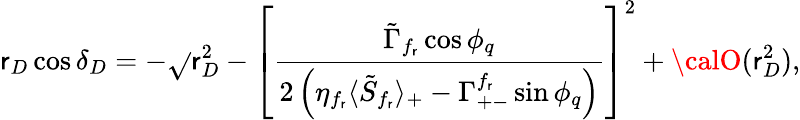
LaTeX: \mathsf{r}_{D}\cos\delta_{D}=-\sqrt{}{{\mathsf{r}_{D}^{2}-\left[\frac{{\tilde{{\Gamma}}_{f_{\mathsf{r}}}\cos\phi_{q}}}{{2\left(\eta_{f_{\mathsf{r}}}\langle\tilde{{S}}_{f_{\mathsf{r}}}\rangle_{+}-\Gamma_{+-}^{f_{\mathsf{r}}}\sin\phi_{q}\right)}}\right]^{2}}}+{\calO}(\mathsf{r}_{D}^{2}),